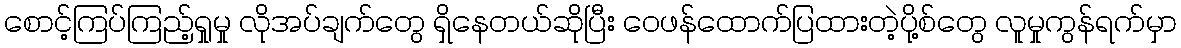
စောင့်ကြပ်ကြည့်ရှုမှု လိုအပ်ချက်တွေ ရှိနေတယ်ဆိုပြီး ဝေဖန်ထောက်ပြထားတဲ့ပို့စ်တွေ လူမှုကွန်ရက်မှာ